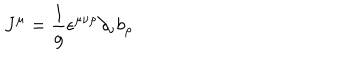
J ^ { \mu } = \frac { 1 } { g } \epsilon ^ { \mu \nu \rho } \partial _ { \nu } b _ { \rho }